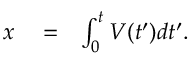
\begin{array} { r l r } { x } & { { } = } & { \int _ { 0 } ^ { t } V ( t ^ { \prime } ) d t ^ { \prime } . } \end{array}